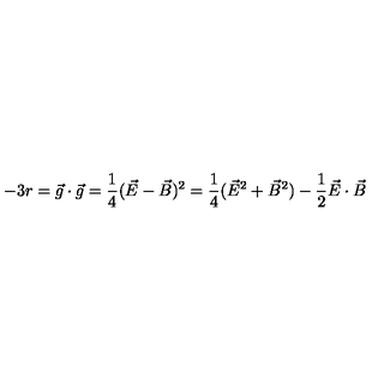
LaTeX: - 3 r = \vec { g } \cdot \vec { g } = \frac { 1 } { 4 } ( \vec { E } - \vec { B } ) ^ { 2 } = \frac { 1 } { 4 } ( \vec { E } ^ { 2 } + \vec { B } ^ { 2 } ) - \frac { 1 } { 2 } \vec { E } \cdot \vec { B }